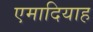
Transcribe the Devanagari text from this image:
एमादियाह